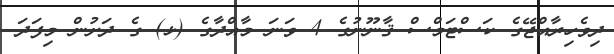
ދިވެހިރާއްޖޭގެ ކަސްޓަމްސް ޤާނޫނުގެ 4 ވަަނަ މާއްދާގެ (ޅ) ގެ ދަށުން މިފަދަ